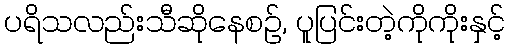
ပရိသလည်းသီဆိုနေစဉ်, ပူပြင်းတဲ့ကိုကိုးနှင့်